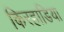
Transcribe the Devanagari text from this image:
किरहाडिया